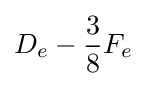
D_{e}-{\frac {3}{8}}F_{e}